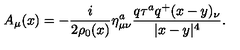
A _ { \mu } ( x ) = - \frac { i } { 2 \rho _ { 0 } ( x ) } \eta _ { \mu \nu } ^ { a } \frac { q \tau ^ { a } q ^ { + } ( x - y ) _ { \nu } } { | x - y | ^ { 4 } } .